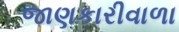
જાણકારીવાળા